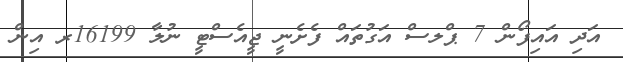
އަދި އައިފޯން 7 ޕްލސް އަގުތައް ފެށެނީ ޖީއެސްޓީ ނުލާ 16199ރ އިން